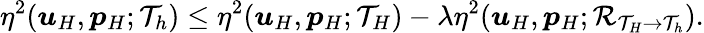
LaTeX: \eta^{2}(\boldsymbol{u}_{H},\boldsymbol{p}_{H};\mathcal{T}_{h})\leq\eta^{2}(\boldsymbol{u}_{H},\boldsymbol{p}_{H};\mathcal{T}_{H})-\lambda\eta^{2}(\boldsymbol{u}_{H},\boldsymbol{p}_{H};\mathcal{R}_{\mathcal{T}_{H}\rightarrow\mathcal{T}_{h}}).